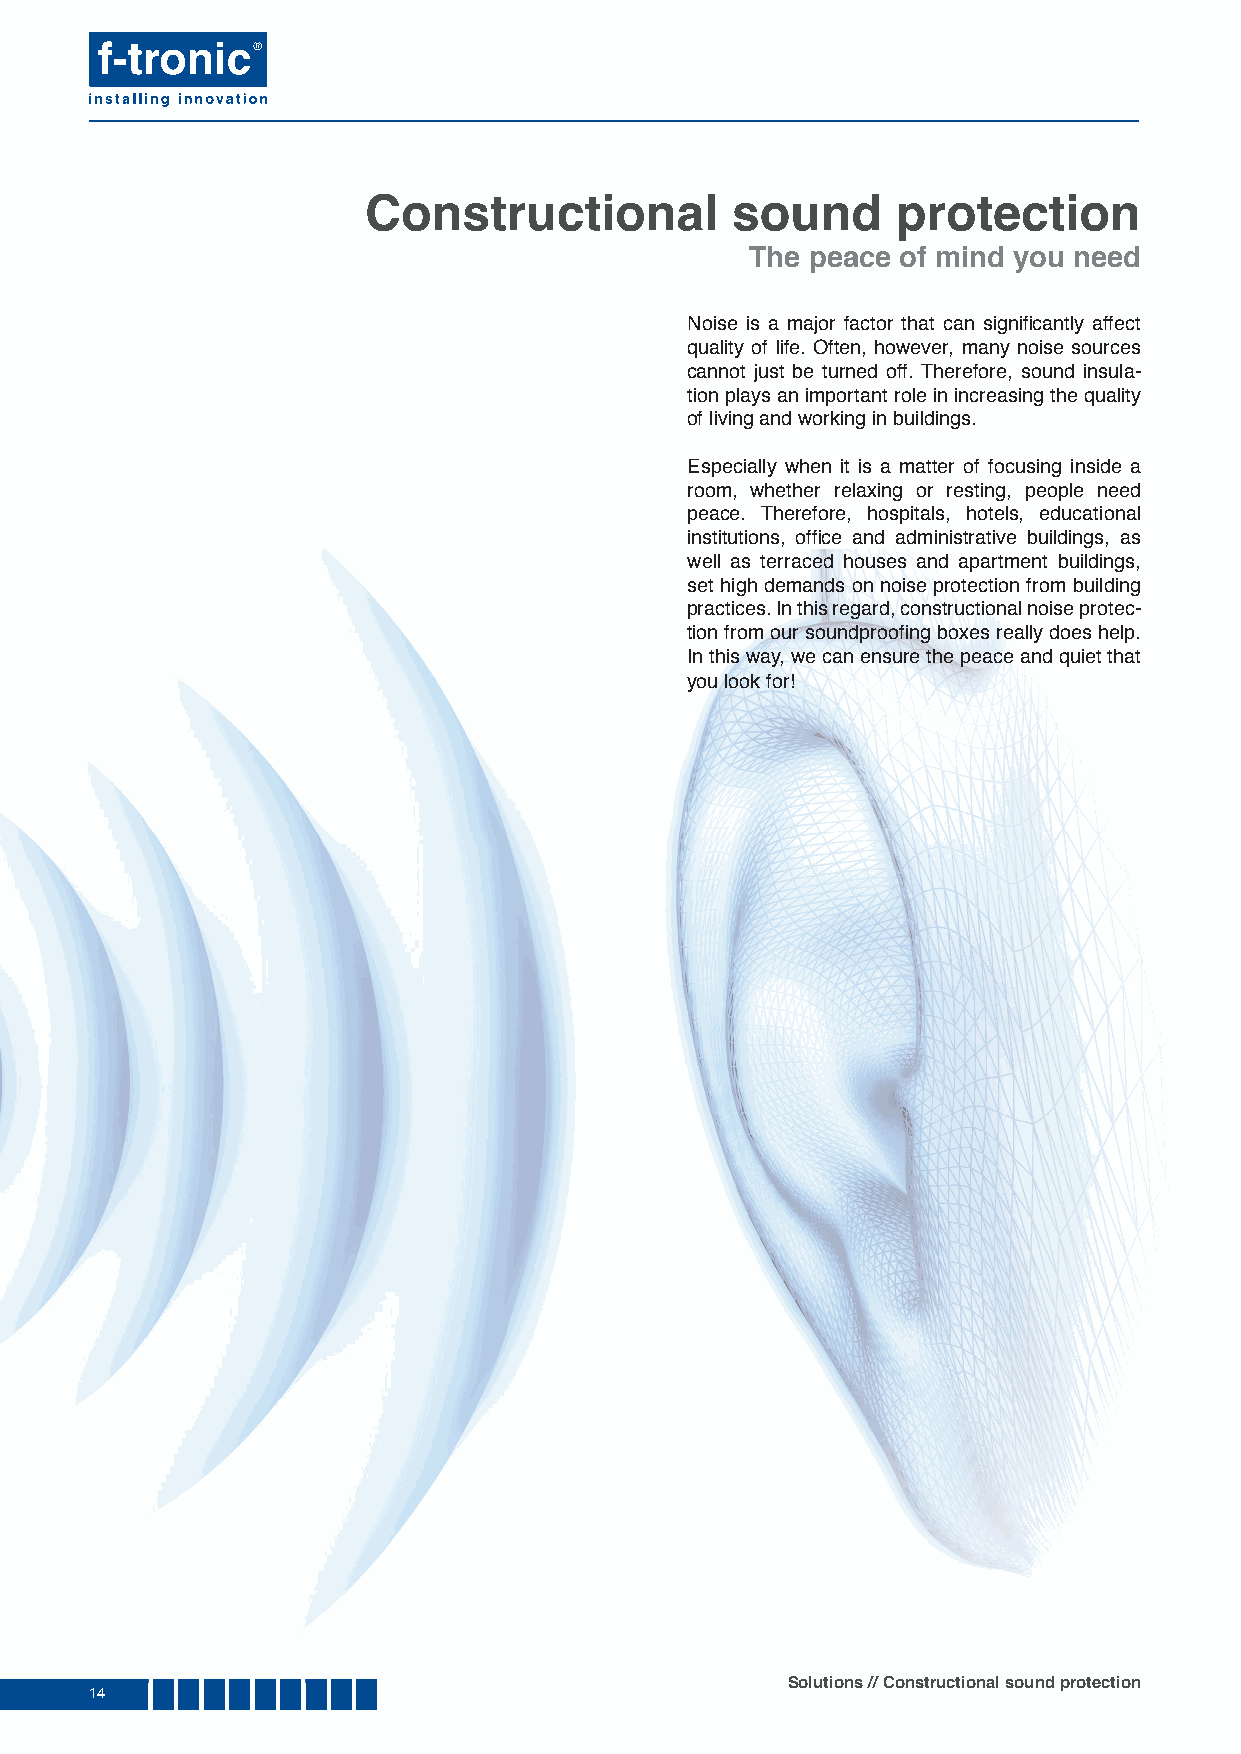
Constructional          sound      protection
 The peace of mind you need
 Noise is a major factor that can signifi cantly affect
 quality of life. Often, however, many noise sources
 cannot just be turned off. Therefore, sound insula-
 tion plays an important role in increasing the quality
 of living and working in buildings.
 Especially when it is a matter of focusing inside a
 room, whether relaxing or resting, people need
 peace. Therefore, hospitals, hotels, educational
 institutions, offi ce and administrative buildings, as
 well as terraced houses and apartment buildings,
 set high demands on noise protection from building
 practices. In this regard, constructional noise protec-
 tion from our soundproofi ng boxes really does help.
 In this way, we can ensure the peace and quiet that
 you look for!
 Solutions // Constructional sound protection
 1144